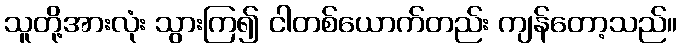
သူတို့အားလုံး သွားကြ၍ ငါတစ်ယောက်တည်း ကျန်တော့သည်။